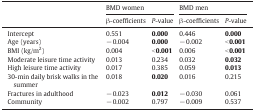
<table><thead><tr><td rowspan="2"></td><td colspan="2"><b>BMD women</b></td><td colspan="2"><b>BMD men</b></td></tr><tr><td><b>β-coefficients</b></td><td><b><i>P</i>-value</b></td><td><b>β-coefficients</b></td><td><b><i>P</i>-value</b></td></tr></thead><tbody><tr><td>Intercept</td><td>0.551</td><td><b>0.000</b></td><td>0.446</td><td><b>0.000</b></td></tr><tr><td>Age (years)</td><td>− 0.004</td><td><b>0.000</b></td><td>− 0.002</td><td><b>&lt; 0.001</b></td></tr><tr><td>BMI (kg/m<sup>2</sup>)</td><td>0.004</td><td><b>&lt; 0.001</b></td><td>0.006</td><td><b>&lt; 0.001</b></td></tr><tr><td>Moderate leisure time activity</td><td>0.013</td><td>0.234</td><td>0.032</td><td><b>0.032</b></td></tr><tr><td>High leisure time activity</td><td>0.017</td><td>0.385</td><td>0.059</td><td><b>0.013</b></td></tr><tr><td>30-min daily brisk walks in the summer</td><td>0.018</td><td><b>0.020</b></td><td>0.016</td><td>0.215</td></tr><tr><td>Fractures in adulthood</td><td>− 0.023</td><td><b>0.012</b></td><td>− 0.030</td><td>0.061</td></tr><tr><td>Community</td><td>− 0.002</td><td>0.797</td><td>− 0.009</td><td>0.537</td></tr></tbody></table>